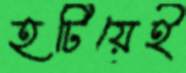
হটিয়েই